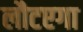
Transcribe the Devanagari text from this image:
लौटएगा